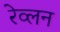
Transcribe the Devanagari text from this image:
रेव्लन